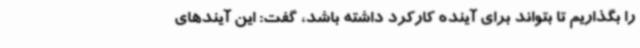
را بگذاریم تا بتواند برای آینده کارکرد داشته باشد، گفت: این آیندهای